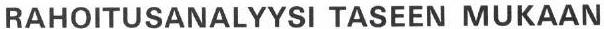
RAHOITUSANALYYSI TASEEN MUKAAN